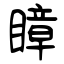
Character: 瞕